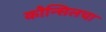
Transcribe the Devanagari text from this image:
कौन्सिलचा